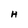
Character: H